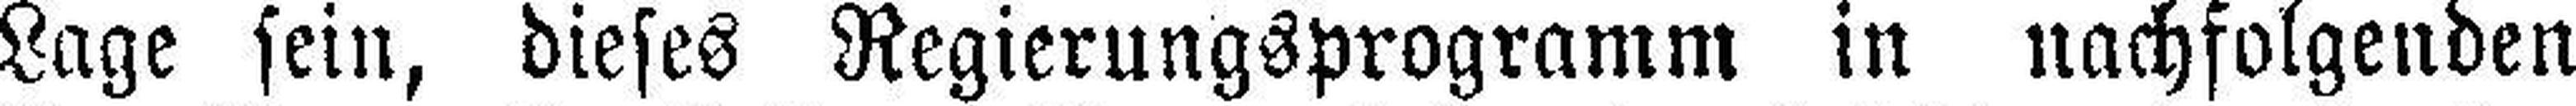
Lage sein, dieses Regierungsprogramm in nachfolgenden